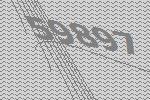
59897